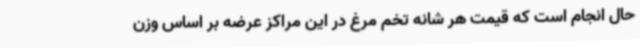
حال انجام است که قیمت هر شانه تخم مرغ در این مراکز عرضه بر اساس وزن